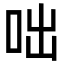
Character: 咄